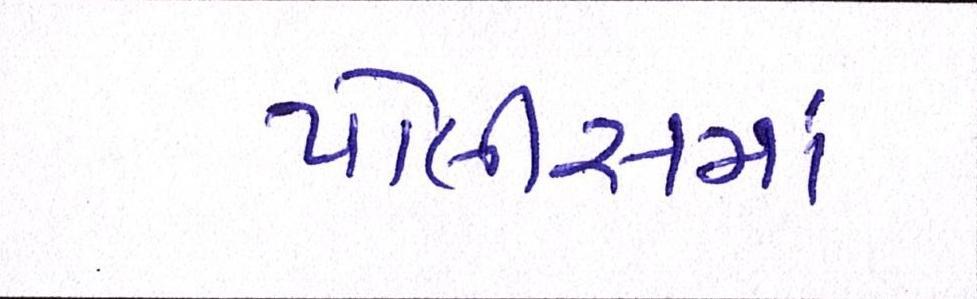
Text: પોલીસમાં